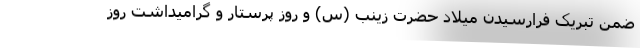
ضمن تبریک فرارسیدن میلاد حضرت زینب (س) و روز پرستار و گرامیداشت روز